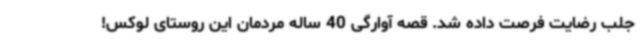
جلب رضایت فرصت داده شد. قصه آوارگی 40 ساله‌ مردمان این روستای لوکس!